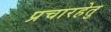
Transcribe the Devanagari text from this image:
प्रचारहेतु